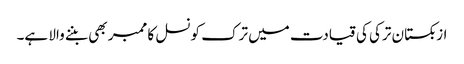
ازبکستان ترکی کی قیادت میں ترک کونسل کا ممبر بھی بننے والا ہے۔